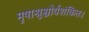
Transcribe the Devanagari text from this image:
मृषाश्रुश्चौर्यशंकितः।